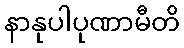
နာနုပါပုဏာမီတိ